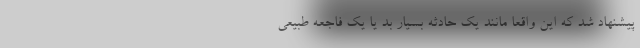
پیشنهاد شد که این واقعا مانند یک حادثه بسیار بد یا یک فاجعه طبیعی